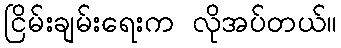
ငြိမ်းချမ်းရေးက လိုအပ်တယ်။